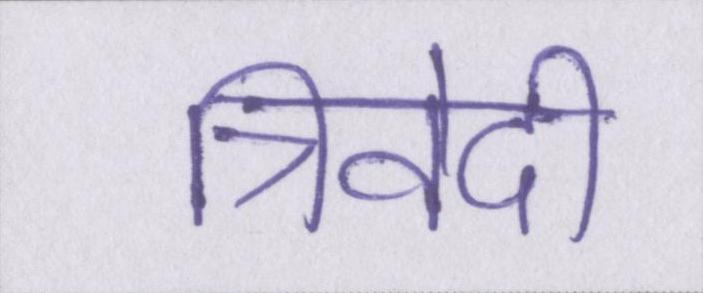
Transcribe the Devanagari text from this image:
त्रिवेदी